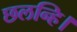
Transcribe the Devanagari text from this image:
छलन्हि।